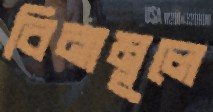
বিনামূলে